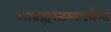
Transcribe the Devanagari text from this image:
आब्रह्मस्तम्भपर्यन्तं